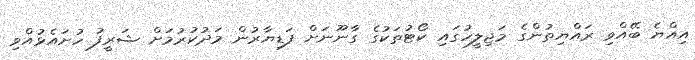
އިއްޔެ ބޭއްވި ރައްޔިތުންގެ މަޖިލީހުގައި ކޯޓުތަކުގެ ގާނޫނަށް ފަޑިޔާރުން މަދުކުރުމަށް ޝަރީފު ހުށައެޅުއްވި